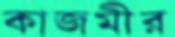
কাজমীর